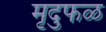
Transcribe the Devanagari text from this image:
मृदुफळ